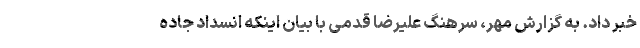
خبر داد. به گزارش مهر، سرهنگ علیرضا قدمی با بیان اینکه انسداد جاده